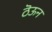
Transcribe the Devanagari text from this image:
ठॆऊन